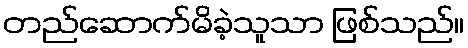
တည်ဆောက်မိခဲ့သူသာ ဖြစ်သည်။